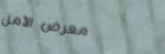
معرض الأمل